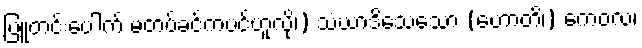
ပြူတင်းပေါက် မတပ်ခင်ကပင်ဟူလို၊) သံဃာဒိသေသော (ဟောတိ၊) ကေဝလံ၊